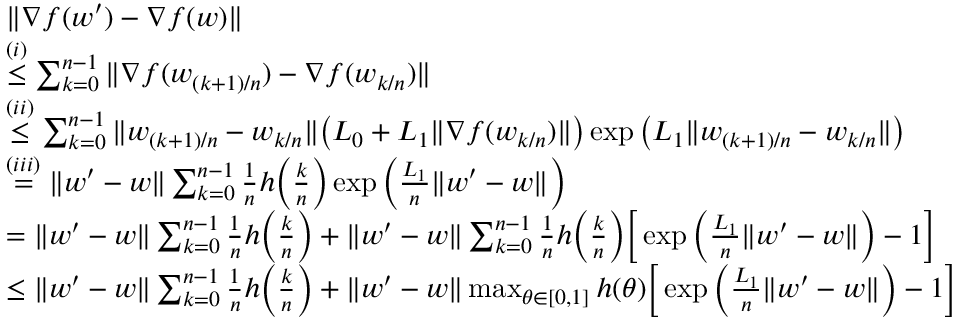
\begin{array} { r l } & { \| \nabla f ( w ^ { \prime } ) - \nabla f ( w ) \| } \\ & { \overset { ( i ) } { \le } \sum _ { k = 0 } ^ { n - 1 } \| \nabla f ( w _ { ( k + 1 ) / n } ) - \nabla f ( w _ { k / n } ) \| } \\ & { \overset { ( i i ) } { \le } \sum _ { k = 0 } ^ { n - 1 } \| w _ { ( k + 1 ) / n } - w _ { k / n } \| \big ( L _ { 0 } + L _ { 1 } \| \nabla f ( w _ { k / n } ) \| \big ) \exp \big ( L _ { 1 } \| w _ { ( k + 1 ) / n } - w _ { k / n } \| \big ) } \\ & { \overset { ( i i i ) } { = } \| w ^ { \prime } - w \| \sum _ { k = 0 } ^ { n - 1 } \frac { 1 } { n } h \Big ( \frac { k } { n } \Big ) \exp \Big ( \frac { L _ { 1 } } { n } \| w ^ { \prime } - w \| \Big ) } \\ & { = \| w ^ { \prime } - w \| \sum _ { k = 0 } ^ { n - 1 } \frac { 1 } { n } h \Big ( \frac { k } { n } \Big ) + \| w ^ { \prime } - w \| \sum _ { k = 0 } ^ { n - 1 } \frac { 1 } { n } h \Big ( \frac { k } { n } \Big ) \Big [ \exp \Big ( \frac { L _ { 1 } } { n } \| w ^ { \prime } - w \| \Big ) - 1 \Big ] } \\ & { \le \| w ^ { \prime } - w \| \sum _ { k = 0 } ^ { n - 1 } \frac { 1 } { n } h \Big ( \frac { k } { n } \Big ) + \| w ^ { \prime } - w \| \operatorname* { m a x } _ { \theta \in [ 0 , 1 ] } h ( \theta ) \Big [ \exp \Big ( \frac { L _ { 1 } } { n } \| w ^ { \prime } - w \| \Big ) - 1 \Big ] } \end{array}